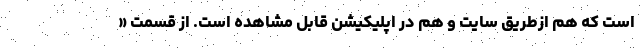
است که هم ازطریق سایت و هم در اپلیکیشن قابل مشاهده است. از قسمت «